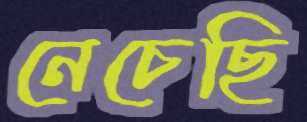
নেচেছি